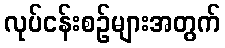
လုပ်ငန်းစဉ်များအတွက်